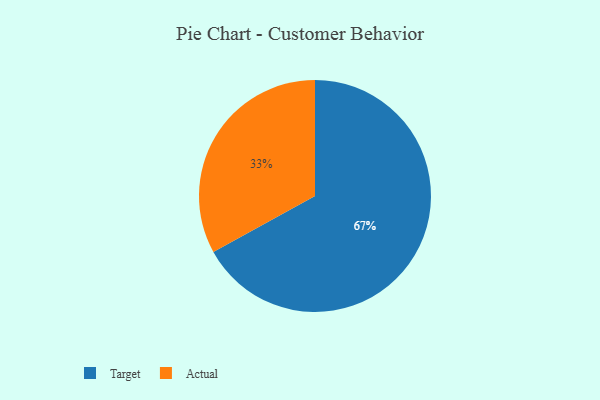
{"axis": {"x": "Category", "y": "Percentage"}, "legend": ["Actual", "Target"], "data": [{"x": "Actual", "y": 33, "type": "Actual"}, {"x": "Target", "y": 67, "type": "Target"}]}